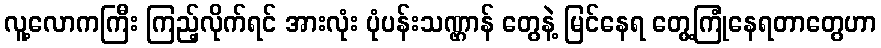
လူ့လောကကြီး ကြည့်လိုက်ရင် အားလုံး ပုံပန်းသဏ္ဌာန် တွေနဲ့ မြင်နေရ တွေ့ကြုံနေရတာတွေဟာ